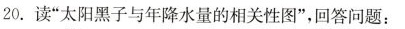
20.读”太阳黑子与年降水量的相关性图”，回答问题：